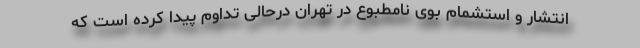
انتشار و استشمام بوی نامطبوع در تهران درحالی تداوم پیدا کرده است که